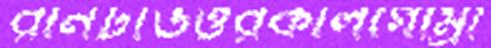
রানটাউত্তরকালগোম্‌রা